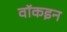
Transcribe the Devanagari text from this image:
वॉकइन